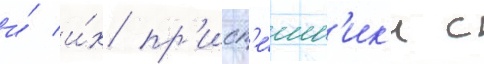
и́ и́х пр'исп'е́шн'ик'и с